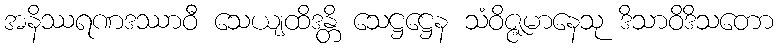
အနိဿရဏဒဿာဝီ သေယျထိဒန္တိ သေဋ္ဌဋ္ဌေန သံဝိဇ္ဇမာနေသု ဒိသာဝိဒိသတော